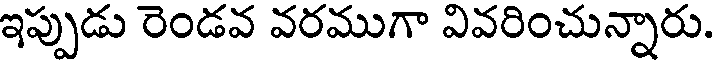
ఇప్పుడు రెండవ వరముగా వివరించున్నారు.